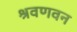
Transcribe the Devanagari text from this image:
श्रवणवन